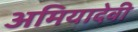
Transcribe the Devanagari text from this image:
अमियादेवी